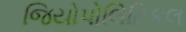
જિયોપોલિટિકલ